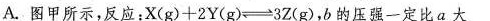
A.图甲所示，反应：$$X ( g ) + 2 Y ( g ) \rightleftharpoons 3 Z ( g )$$，b的压强一定比a大